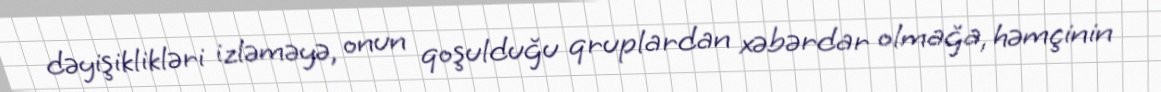
dəyişiklikləri izləməyə, onun qoşulduğu qruplardan xəbərdar olmağa, həmçinin